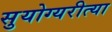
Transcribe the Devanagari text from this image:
सुयोग्यरीत्या